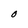
Character: O